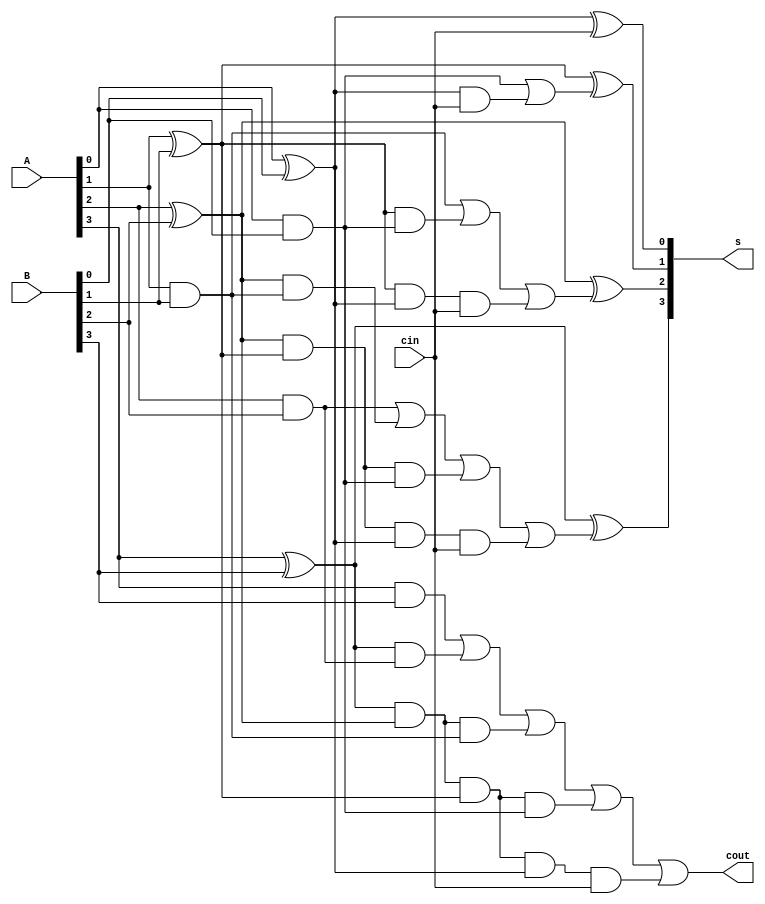
// 4-bit ripple carry adder.
module adder4 (s, cout, A, B, cin);

    input [3:0]  A, B;
    input cin;
    output [3:0] s;
    output cout;
    //behavioural description
    // assign {cout, s} = A + B + cin;

    /*//structural description using fulladders.
    wire c1, c2, c3;

    fulladder fa0 (s[0], c1, A[0], B[0], cin);
    fulladder fa1 (s[1], c2, A[1], B[1], c1);
    fulladder fa2 (s[2], c3, A[2], B[2], c2);
    fulladder fa3 (s[3], cout, A[3], B[3], c3);
    */

    //4 bit carry look ahead adder.
    wire p0,g0, p1, g1, p2, g2, p3, g3;
    wire c1, c2, c3;

    assign p0 = A[0] ^ B[0], p1 = A[1] ^B[1],
           p2 = A[2] ^ B[2], p3 = A[3] ^ B[3];
     
    assign g0 = A[0] & B[0], g1 = A[1] & B[1],
           g2 = A[2] & B[2], g3 = A[3] & B[3];

    assign c1 = g0 | (p0 & cin),
           c2 = g1 | (p1 & g0) | (p1 & p0 & cin),
           c3 = g2 | (p2 & g1) | (p2 & p1 & g0) | (p2 & p1 & p0 & cin),
           cout = g3 | (p3 & g2) | (p3 & p2 & g1) | (p3 & p2 & p1 & g0) | (p3 & p2 & p1 & p0 & cin);

    assign s[0] = p0 ^ cin,
           s[1] = p1 ^ c1,
           s[2] = p2 ^ c2,
           s[3] = p3 ^ c3;
           


endmodule